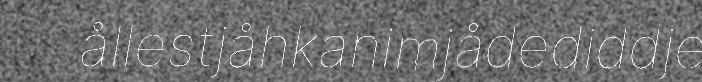
ållestjåhkanimjådediddje